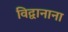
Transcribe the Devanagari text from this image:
विद्वानाना